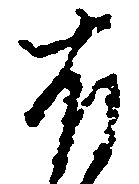
有